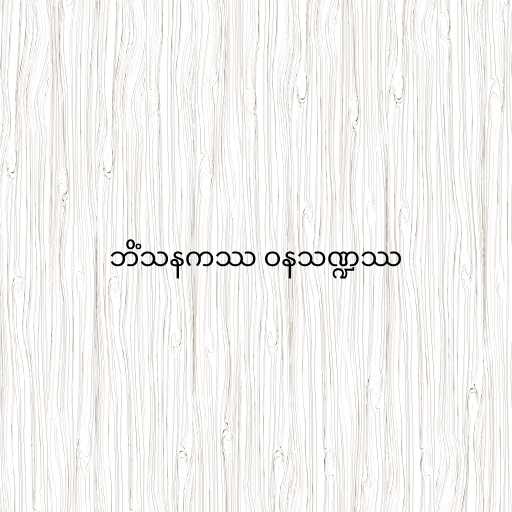
ဘိံသနကဿ ဝနသဏ္ဍဿ